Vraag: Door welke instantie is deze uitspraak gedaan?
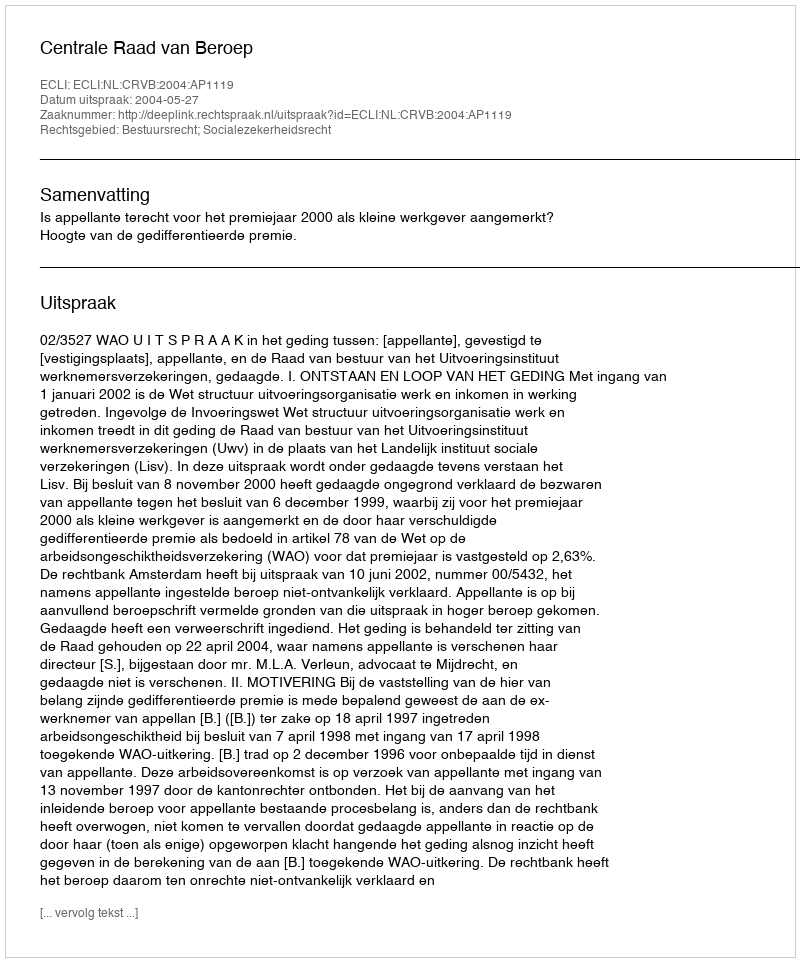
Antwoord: Centrale Raad van Beroep